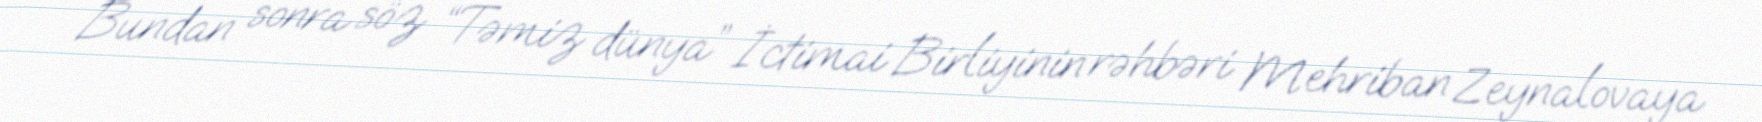
Bundan sonra söz “Təmiz dünya” İctimai Birliyinin rəhbəri Mehriban Zeynalovaya